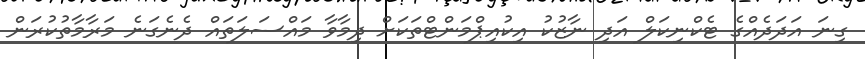
ގިނަ އަދަދެއްގެ ޓެކްނިކަލް އަދި ނާޒުކު އިކުއިޕްމަންޓްތަކަށް ދިމާވާ މައްސަލަތައް ދެނެގަނެ މަރާމާތުުކުރަން